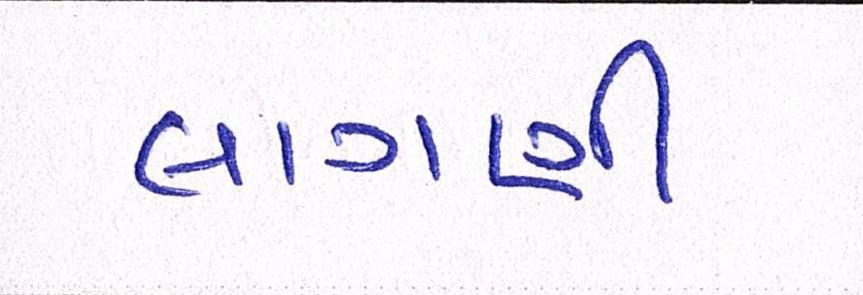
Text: લાગણી